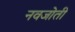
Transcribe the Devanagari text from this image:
नवजोती